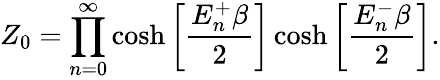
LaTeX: Z_{0}=\prod_{n=0}^{\infty}\cosh\bigg[\frac{E_{n}^{+}\beta}{2}\bigg]\cosh\bigg[\frac{E_{n}^{-}\beta}{2}\bigg].